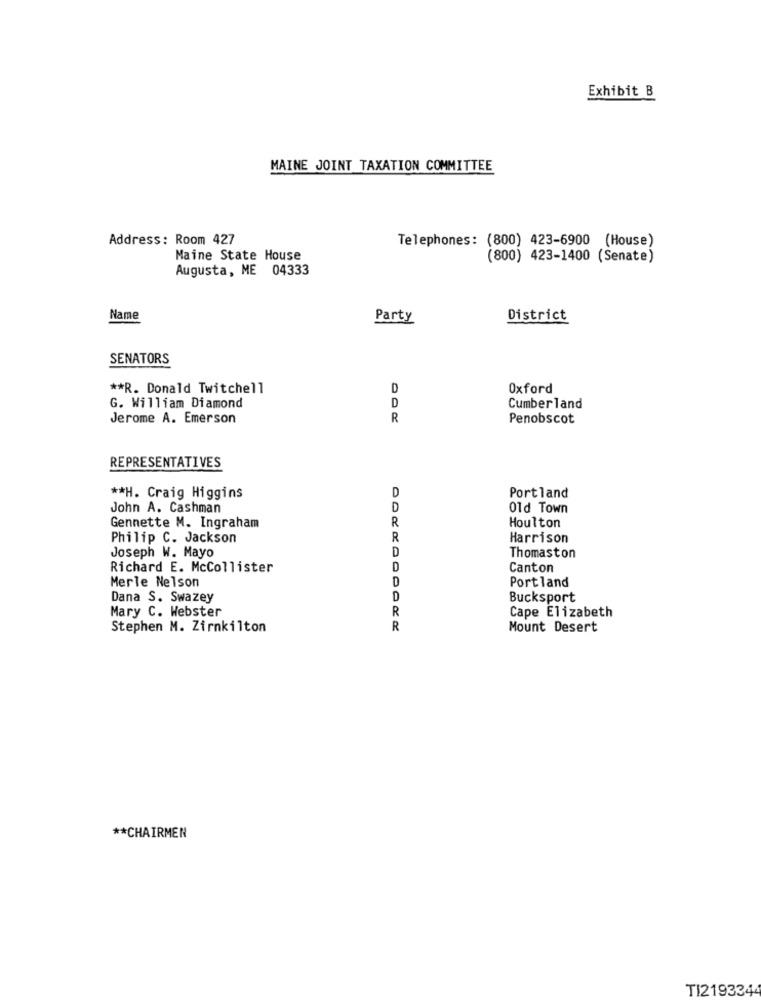
Exhibit B
MAINE JOINT TAXATION COMMITTEE
Address: Room 427
Telephones: (800) 423-6900 (House)
Maine State House
(800) 423-1400 (Senate)
Augusta, ME 04333
Name
Party
District
SENATORS
** R. Donald Twitchell
D
Oxford
G. William Diamond
D
Cumberland
Jerome A. Emerson
R
Penobscot
REPRESENTATIVES
** H. Craig Higgins
D
Portland
John A. Cashman
D
Old Town
R
Houlton
Gennette M. Ingraham
Philip C. Jackson
R
Harrison
Joseph W. Mayo
D
Thomaston
Richard E. McCollister
D
Canton
D
Portland
Merle Nelson
Dana S. Swazey
D
Bucksport
Mary C. Webster
R
Cape Elizabeth
Stephen M. Zirnkilton
R
Mount Desert
** CHAIRMEN
TI2193344